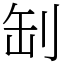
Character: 㓡